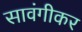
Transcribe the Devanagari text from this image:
सावंगीकर